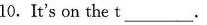
10.It's on the t___.